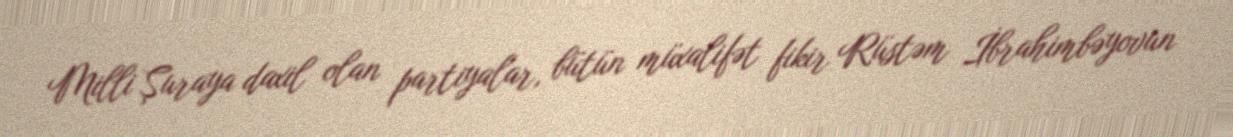
Milli Şuraya daxil olan partiyalar, bütün müxalifət fikir Rüstəm İbrahimbəyovun